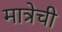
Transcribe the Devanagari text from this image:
मात्रेची